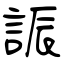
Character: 誫